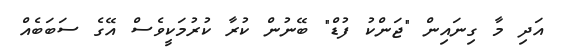
އަދި މާ ގިނައިން "ޖަންކު ފުޑް" ބޭނުން ކުރާ ކުރުމަކީވެސް އޭގެ ސަބަބެއް